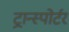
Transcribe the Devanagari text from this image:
ट्रान्स्पोर्टर